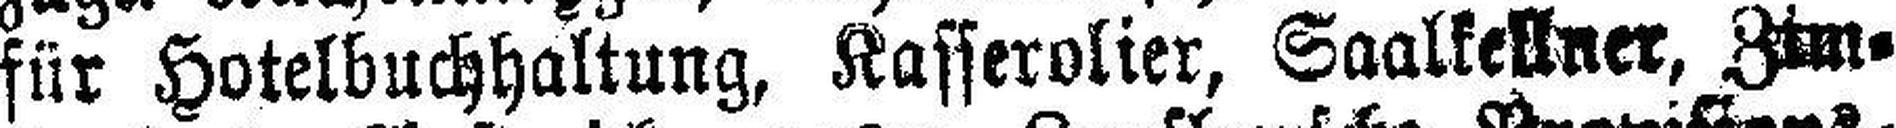
für Hotelbuchhaltung, Kasserolier, Saalkellner, Zim¬